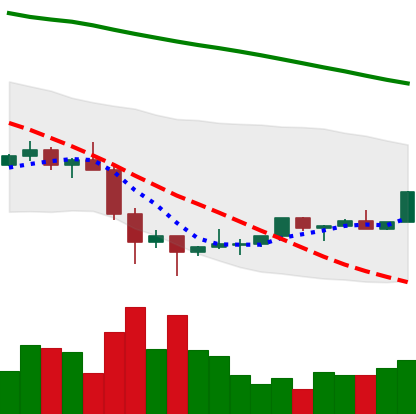
Ticker: TRX-USD
Chart end date: 2022-02-04
Forward return: 8.401%
Label: up_7plus